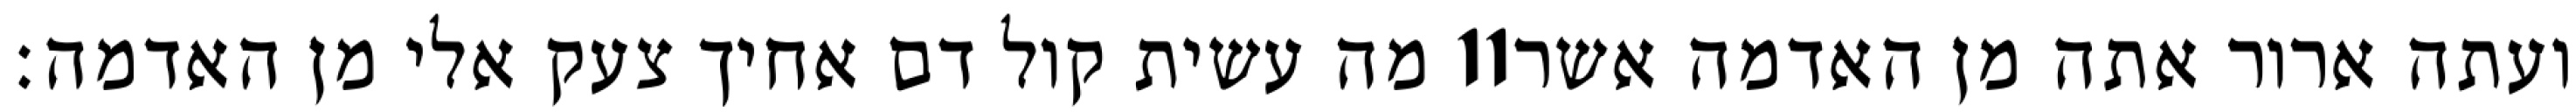
מה עשית קול דם אחיך צעק אלי מן האדמה׃ ‎11‏ ועתה ארור אתה מן האדמה אשר